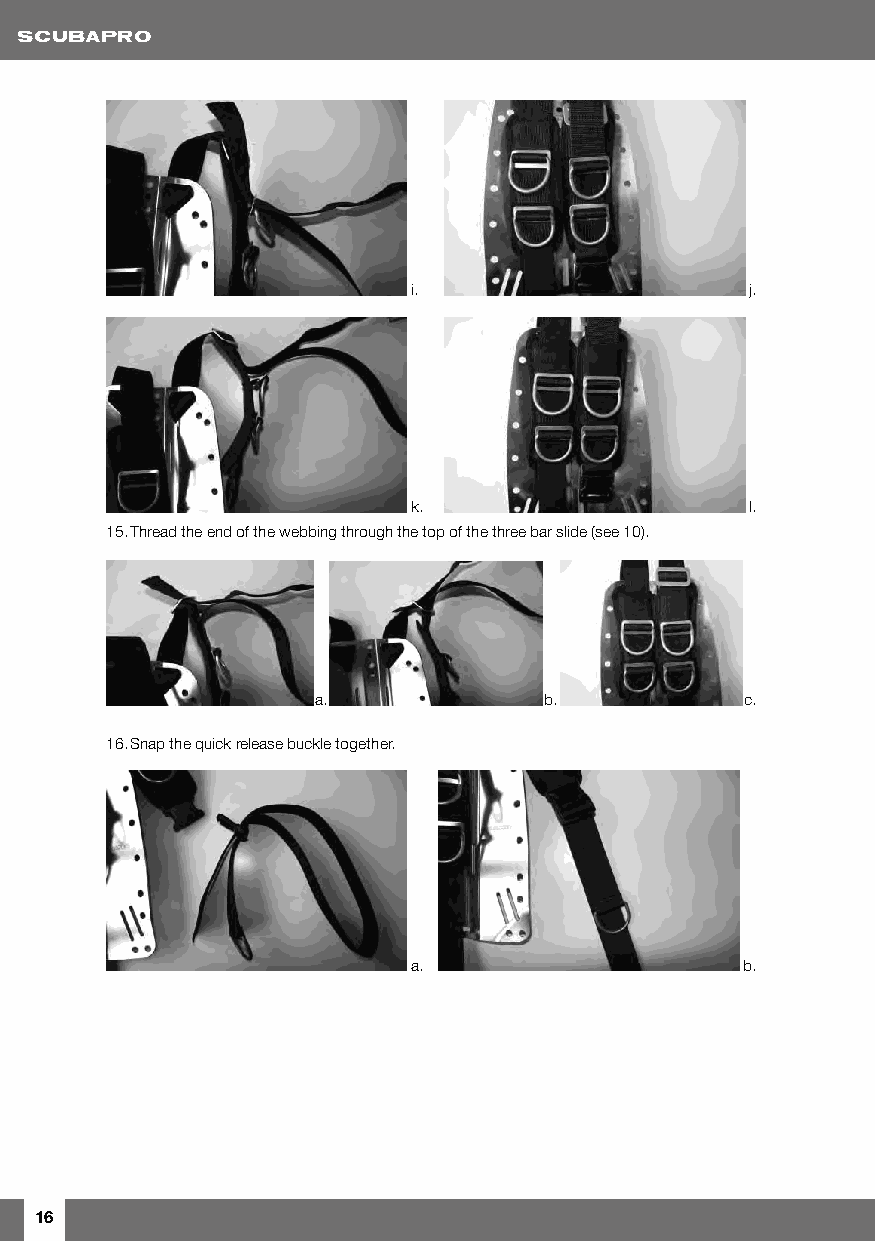
i.                     j.
 k.                     l.
 15. Thread the end of the webbing through the top of the three bar slide (see 10).
 a.             b.           c.
 16. Snap the quick release buckle together.
 a.                    b.
 16